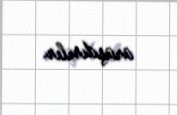
araşdırılır.